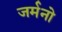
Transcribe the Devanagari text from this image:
जर्मनो